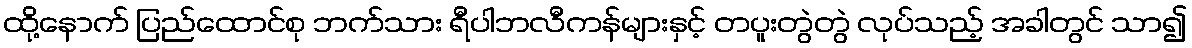
ထို့နောက် ပြည်ထောင်စု ဘက်သား ရီပါဘလီကန်များနှင့် တပူးတွဲတွဲ လုပ်သည့် အခါတွင် သာ၍